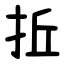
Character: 拞